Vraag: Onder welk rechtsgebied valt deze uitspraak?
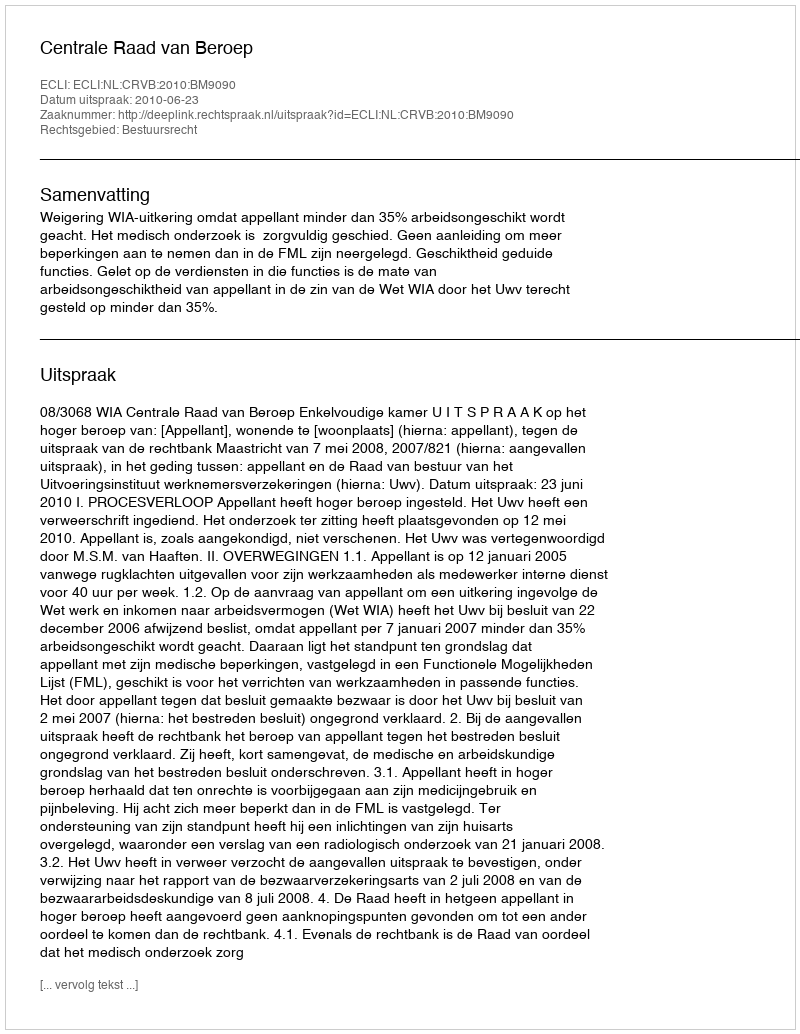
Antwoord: Bestuursrecht